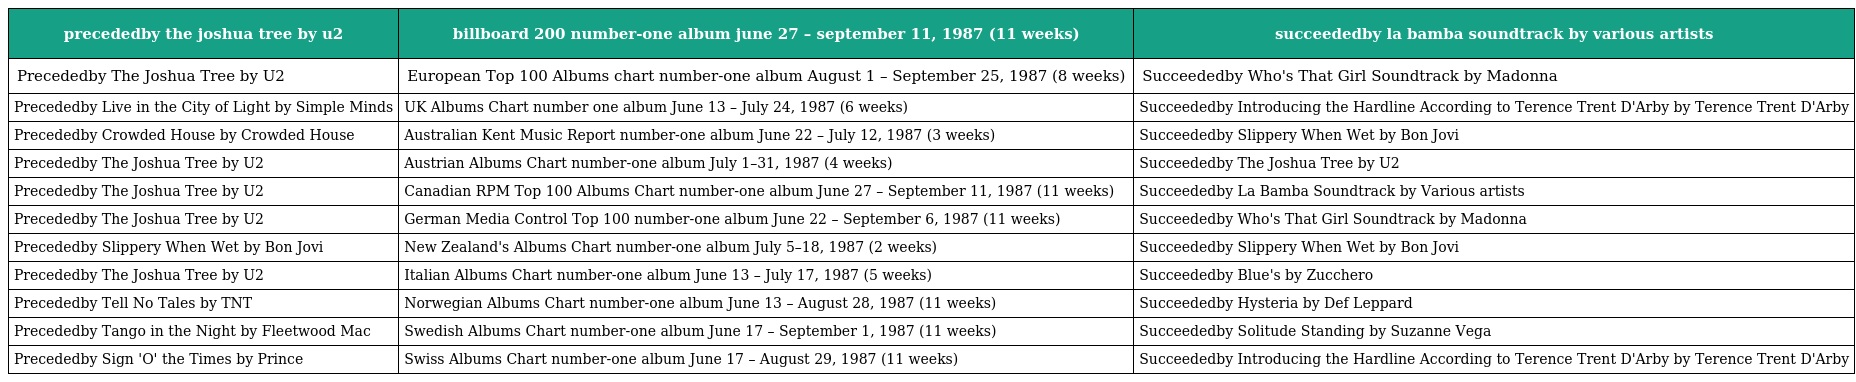
| precededby the joshua tree by u2 | billboard 200 number-one album june 27 – september 11, 1987 (11 weeks) | succeededby la bamba soundtrack by various artists |
 | --- | --- | --- |
 | Precededby The Joshua Tree by U2 | European Top 100 Albums chart number-one album August 1 – September 25, 1987 (8 weeks) | Succeededby Who's That Girl Soundtrack by Madonna |
 | Precededby Live in the City of Light by Simple Minds | UK Albums Chart number one album June 13 – July 24, 1987 (6 weeks) | Succeededby Introducing the Hardline According to Terence Trent D'Arby by Terence Trent D'Arby |
 | Precededby Crowded House by Crowded House | Australian Kent Music Report number-one album June 22 – July 12, 1987 (3 weeks) | Succeededby Slippery When Wet by Bon Jovi |
 | Precededby The Joshua Tree by U2 | Austrian Albums Chart number-one album July 1–31, 1987 (4 weeks) | Succeededby The Joshua Tree by U2 |
 | Precededby The Joshua Tree by U2 | Canadian RPM Top 100 Albums Chart number-one album June 27 – September 11, 1987 (11 weeks) | Succeededby La Bamba Soundtrack by Various artists |
 | Precededby The Joshua Tree by U2 | German Media Control Top 100 number-one album June 22 – September 6, 1987 (11 weeks) | Succeededby Who's That Girl Soundtrack by Madonna |
 | Precededby Slippery When Wet by Bon Jovi | New Zealand's Albums Chart number-one album July 5–18, 1987 (2 weeks) | Succeededby Slippery When Wet by Bon Jovi |
 | Precededby The Joshua Tree by U2 | Italian Albums Chart number-one album June 13 – July 17, 1987 (5 weeks) | Succeededby Blue's by Zucchero |
 | Precededby Tell No Tales by TNT | Norwegian Albums Chart number-one album June 13 – August 28, 1987 (11 weeks) | Succeededby Hysteria by Def Leppard |
 | Precededby Tango in the Night by Fleetwood Mac | Swedish Albums Chart number-one album June 17 – September 1, 1987 (11 weeks) | Succeededby Solitude Standing by Suzanne Vega |
 | Precededby Sign 'O' the Times by Prince | Swiss Albums Chart number-one album June 17 – August 29, 1987 (11 weeks) | Succeededby Introducing the Hardline According to Terence Trent D'Arby by Terence Trent D'Arby |